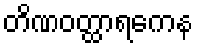
တိဏဝတ္ထာရကေန